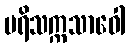
ပရိသက္ကသာဝေါ